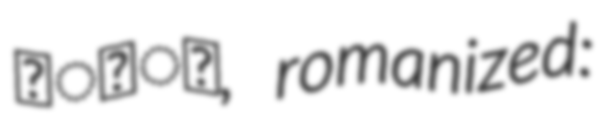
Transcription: वेदी, romanized: